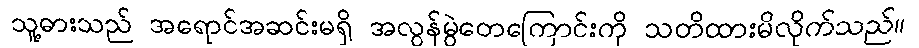
သူ့ဓားသည် အရောင်အဆင်းမရှိ အလွန်မွဲတေကြောင်းကို သတိထားမိလိုက်သည်။